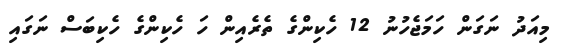
މިއަދު ނަގަން ހަމަޖެހުނު 12 ހެކިންގެ ތެރެއިން ހަ ހެކިންގެ ހެކިބަސް ނަގައި